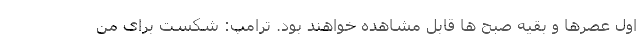
اول عصرها و بقیه صبح ها قابل مشاهده خواهند بود. ترامپ: شکست برای من